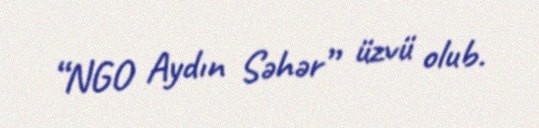
“NGO Aydın Səhər” üzvü olub.